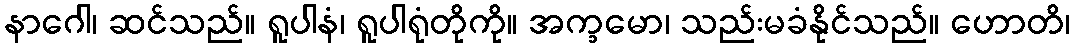
နာဂေါ၊ ဆင်သည်။ ရူပါနံ၊ ရူပါရုံတိုကို။ အက္ခမော၊ သည်းမခံနိုင်သည်။ ဟောတိ၊